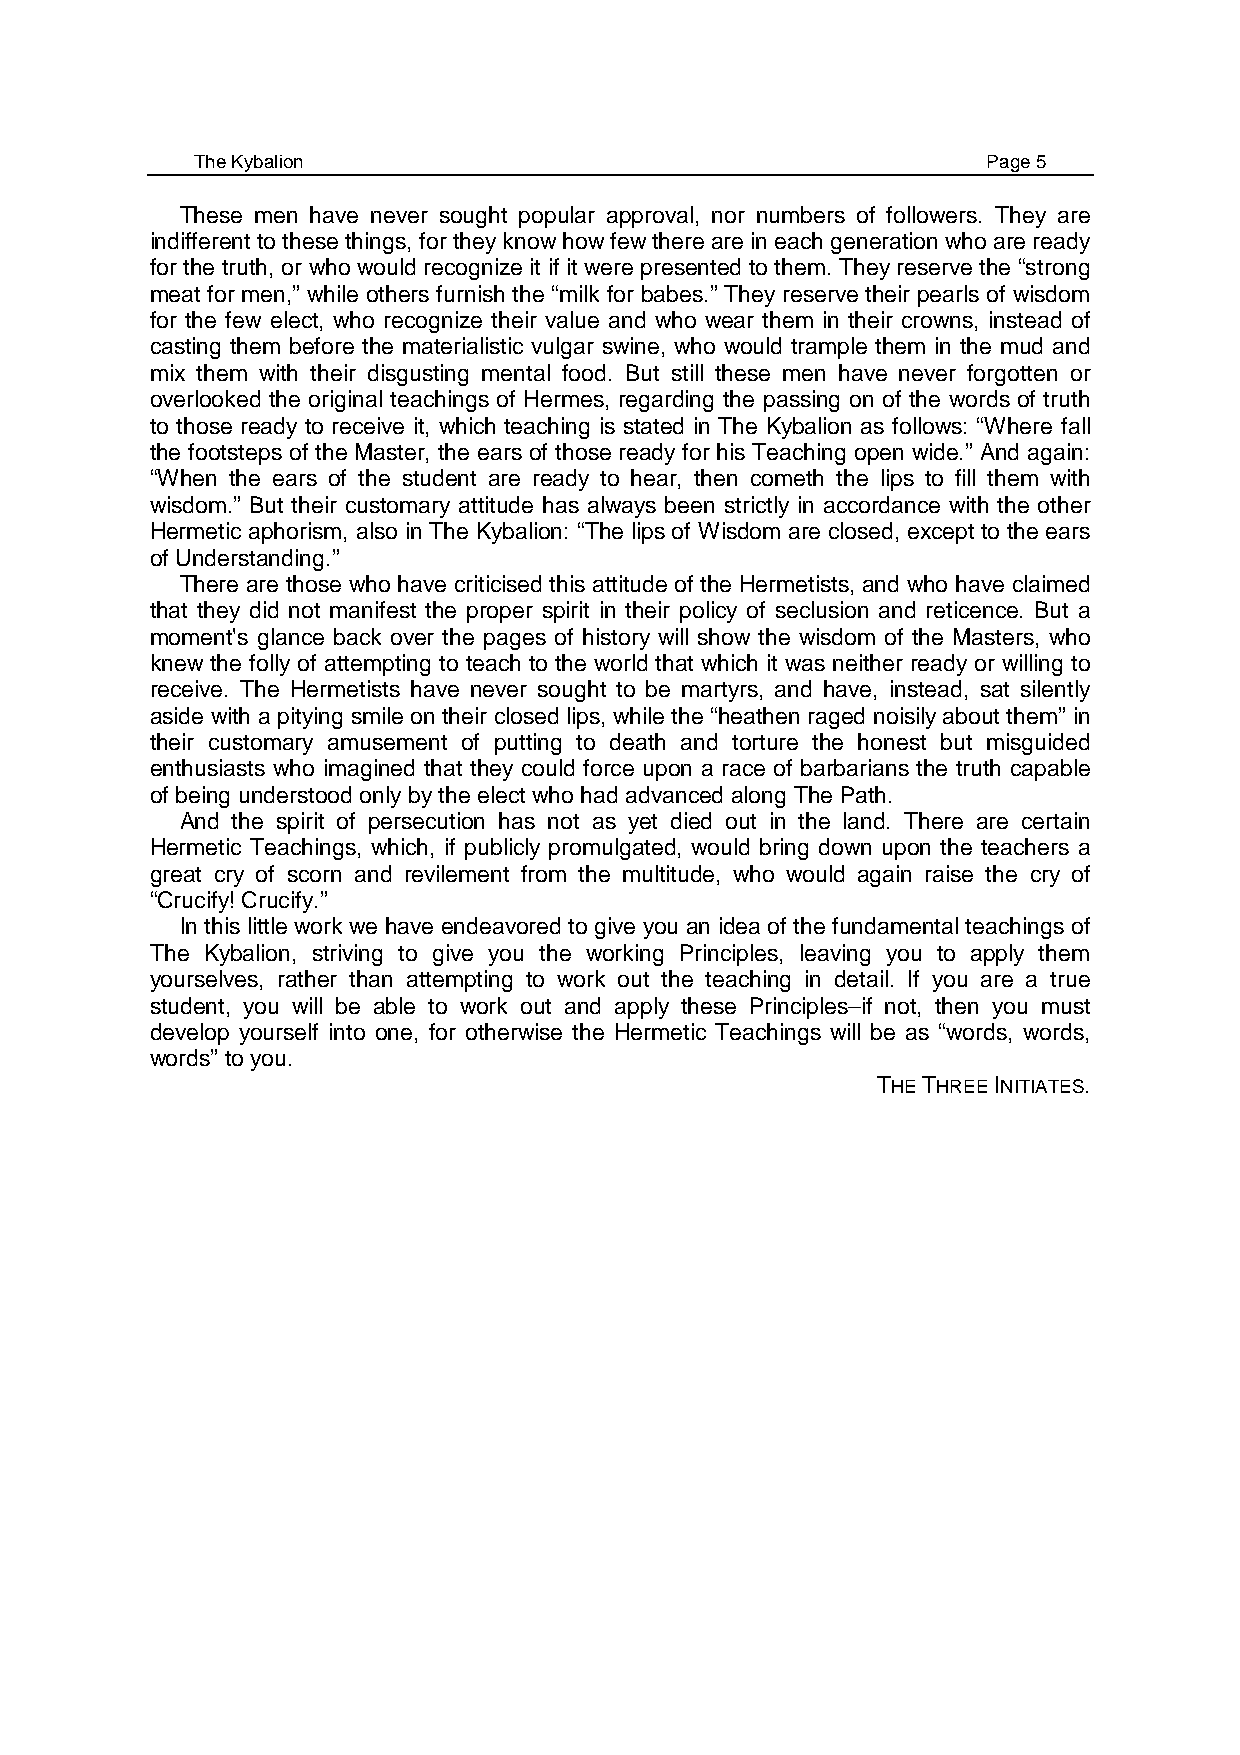
The Kybalion                                        Page 5
 These men have never sought popular approval, nor numbers of followers. They are
 indifferent to these things, for they know how few there are in each generation who are ready
 for the truth, or who would recognize it if it were presented to them. They reserve the “strong
 meat for men,” while others furnish the “milk for babes.” They reserve their pearls of wisdom
 for the few elect, who recognize their value and who wear them in their crowns, instead of
 casting them before the materialistic vulgar swine, who would trample them in the mud and
 mix them with their disgusting mental food. But still these men have never forgotten or
 overlooked the original teachings of Hermes, regarding the passing on of the words of truth
 to those ready to receive it, which teaching is stated in The Kybalion as follows: “Where fall
 the footsteps of the Master, the ears of those ready for his Teaching open wide.” And again:
 “When the ears of the student are ready to hear, then cometh the lips to fill them with
 wisdom.” But their customary attitude has always been strictly in accordance with the other
 Hermetic aphorism, also in The Kybalion: “The lips of Wisdom are closed, except to the ears
 of Understanding.”
 There are those who have criticised this attitude of the Hermetists, and who have claimed
 that they did not manifest the proper spirit in their policy of seclusion and reticence. But a
 moment's glance back over the pages of history will show the wisdom of the Masters, who
 knew the folly of attempting to teach to the world that which it was neither ready or willing to
 receive. The Hermetists have never sought to be martyrs, and have, instead, sat silently
 aside with a pitying smile on their closed lips, while the “heathen raged noisily about them” in
 their customary amusement of putting to death and torture the honest but misguided
 enthusiasts who imagined that they could force upon a race of barbarians the truth capable
 of being understood only by the elect who had advanced along The Path.
 And the spirit of persecution has not as yet died out in the land. There are certain
 Hermetic Teachings, which, if publicly promulgated, would bring down upon the teachers a
 great cry of scorn and revilement from the multitude, who would again raise the cry of
 “Crucify! Crucify.”
 In this little work we have endeavored to give you an idea of the fundamental teachings of
 The Kybalion, striving to give you the working Principles, leaving you to apply them
 yourselves, rather than attempting to work out the teaching in detail. If you are a true
 student, you will be able to work out and apply these Principles–if not, then you must
 develop yourself into one, for otherwise the Hermetic Teachings will be as “words, words,
 words” to you.
 THE THREE INITIATES.